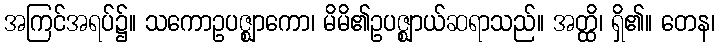
အကြင်အရပ်၌။ သကောဥပဇ္ဈာကော၊ မိမိ၏ဥပဇ္ဈာယ်ဆရာသည်။ အတ္ထိ၊ ရှိ၏။ တေန၊